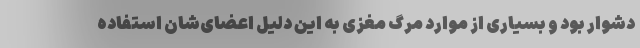
دشوار بود و بسیاری از موارد مرگ مغزی به این دلیل اعضای‌شان استفاده